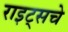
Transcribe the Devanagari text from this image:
राइट्सचे